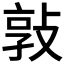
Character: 𭣸